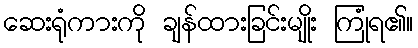
ဆေးရုံကားကို ချန်ထားခြင်းမျိုး ကြုံရ၏။